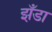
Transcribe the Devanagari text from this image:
झँडा